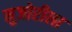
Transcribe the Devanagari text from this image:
मुजोरीला